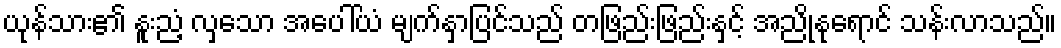
ယုန်သား၏ နူးညံ့ လှသော အပေါ်ယံ မျက်နှာပြင်သည် တဖြည်းဖြည်းနှင့် အညိုနုရောင် သန်းလာသည်။